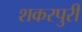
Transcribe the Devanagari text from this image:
शकरपुरी